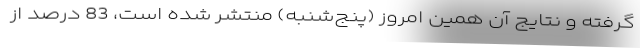
گرفته و نتایج آن همین امروز (پنج‌شنبه) منتشر شده است، 83 درصد از